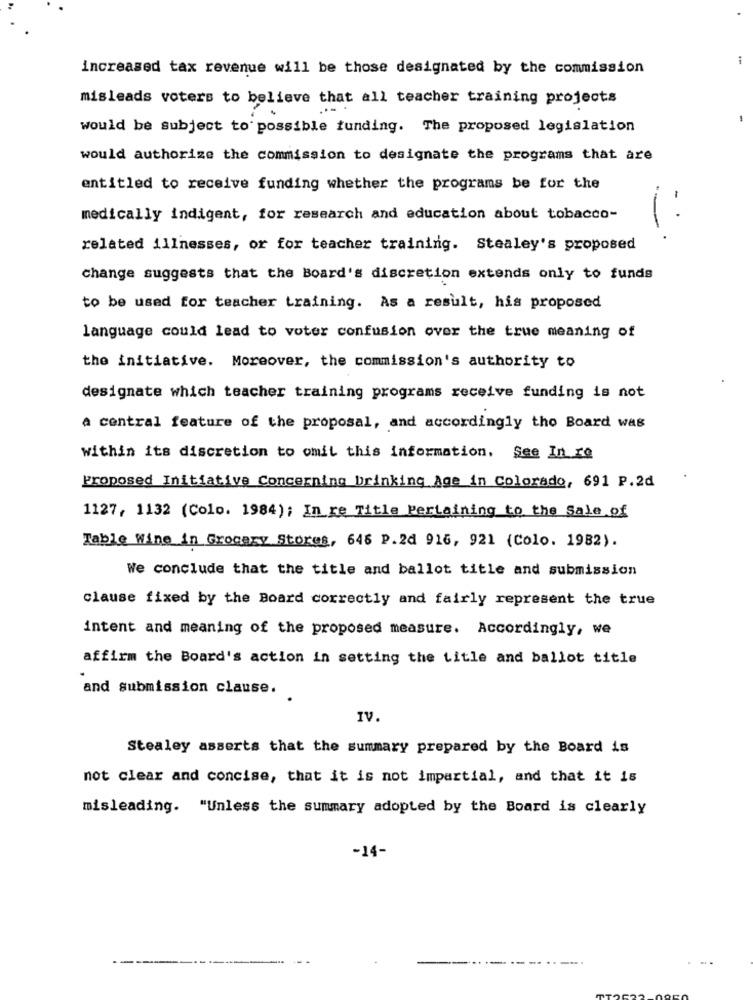
increased tax revenue will be those designated by the commission
misleads voters to believe that all teacher training projects
would be subject to possible funding. The proposed legislation
would authorize the commission to designate the programs that are
entitled to receive funding whether the programs be for the
medically indigent, for research and education about tobacco-
1:
related illnesses, or for teacher training. Stealey's proposed
change suggests that the Board's discretion extends only to funds
to be used for teacher training. As a result, his proposed
language could lead to voter confusion over the true meaning of
the initiative. Moreover, the commission's authority to
designate which teacher training programs receive funding is not
a central feature of the proposal, and accordingly tho Board was
within its discretion to omit this information, See In ro
Proposed Initiative Concerning Drinking Age in Colorado, 691 P.2d
1127, 1132 (Colo. 1984); In re Title Pertaining to the Sale of
Table Wine in Grocery Stores, 646 P.2d 916, 921 (Colo. 1982).
We conclude that the title and ballot title and submission
clause fixed by the Board correctly and fairly represent the true
intent and meaning of the proposed measure. Accordingly, we
affirm the Board's action in setting the title and ballot title
and submission clause.
IV.
Stealey asserts that the summary prepared by the Board is
not clear and concise, that it is not impartial, and that it is
misleading. "Unless the summary adopted by the Board is clearly
-14-
...